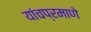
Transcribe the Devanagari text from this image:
यांचप्रमाणे